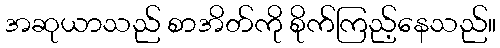
အဆုယာသည် စာအိတ်ကို စိုက်ကြည့်နေသည်။